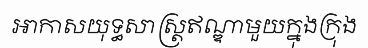
អាកាសយុទ្ធសាស្ត្រឥណ្ឌាមួយក្នុងក្រុង